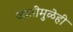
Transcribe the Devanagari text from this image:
जातींमुळेही